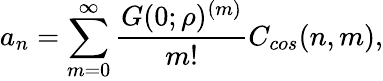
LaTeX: a_{n}=\sum_{m=0}^{\infty}\frac{G(0;\rho)^{(m)}}{m!}C_{cos}(n,m),